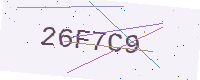
Text: 26F7C9